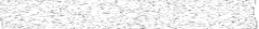
٣٤